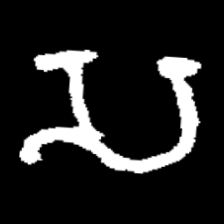
Pyu character \u2014 Myanmar letter: သ (romanized: sa)